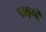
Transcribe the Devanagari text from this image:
राइन्दे